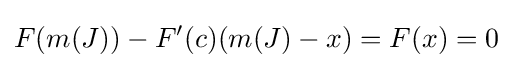
F(m(J))-F'(c)(m(J)-x)=F(x)=0